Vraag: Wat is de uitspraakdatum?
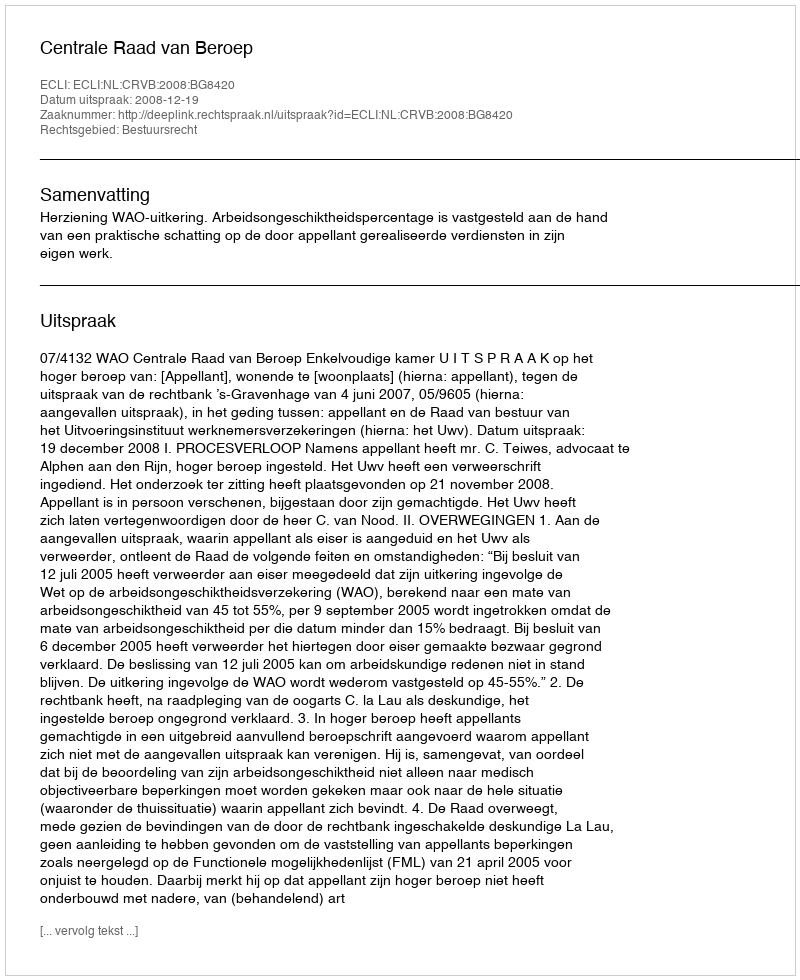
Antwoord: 2008-12-19